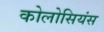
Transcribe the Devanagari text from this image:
कोलोसियंस